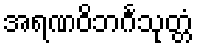
အရဏဝိဘင်္ဂသုတ္တံ